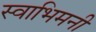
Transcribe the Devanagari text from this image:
स्वाभिमनी